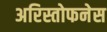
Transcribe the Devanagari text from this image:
अरिस्तोफनेस